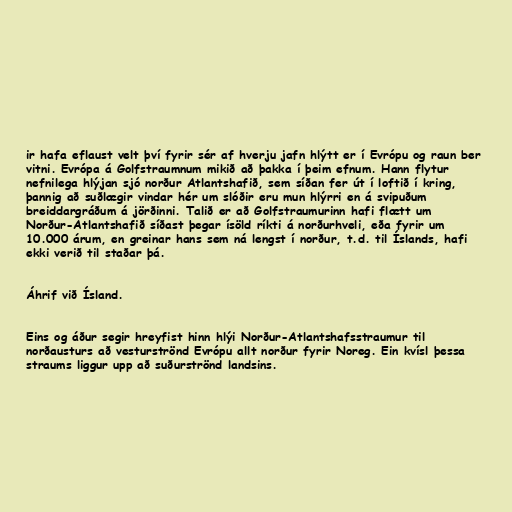
ir hafa eflaust velt því fyrir sér af hverju jafn hlýtt er í Evrópu og raun ber
vitni. Evrópa á Golfstraumnum mikið að þakka í þeim efnum. Hann flytur
nefnilega hlýjan sjó norður Atlantshafið, sem síðan fer út í loftið í kring,
þannig að suðlægir vindar hér um slóðir eru mun hlýrri en á svipuðum
breiddargráðum á jörðinni. Talið er að Golfstraumurinn hafi flætt um
Norður-Atlantshafið síðast þegar ísöld ríkti á norðurhveli, eða fyrir um
10.000 árum, en greinar hans sem ná lengst í norður, t.d. til Íslands, hafi
ekki verið til staðar þá.

Áhrif við Ísland.

Eins og áður segir hreyfist hinn hlýi Norður-Atlantshafsstraumur til
norðausturs að vesturströnd Evrópu allt norður fyrir Noreg. Ein kvísl þessa
straums liggur upp að suðurströnd landsins.